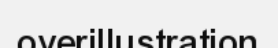
overillustration